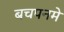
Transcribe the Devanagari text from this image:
बचपनमे